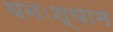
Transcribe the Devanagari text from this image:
घनःश्याम